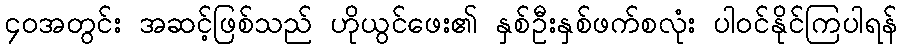
၄၀အတွင်း အဆင့်ဖြစ်သည် ဟိုယွင်ဖေး၏ နှစ်ဦးနှစ်ဖက်စလုံး ပါဝင်နိုင်ကြပါရန်